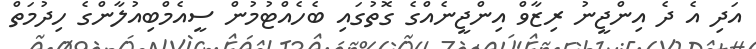
އަދި އެ ދެ އިންޖީނު ރިޒާވް އިންޖީނެއްގެ ގޮތުގައި ބެހެއްޓުމުން ސީއެމްބިއުލާންގެ ހިދުމަތް